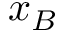
x _ { B }